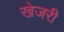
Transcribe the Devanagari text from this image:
खेजरी